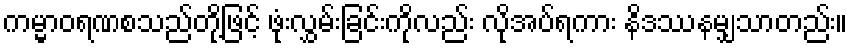
ကမ္မာဝရဏစသည်တို့ဖြင့် ဖုံးလွှမ်းခြင်းကိုလည်း လိုအပ်ရကား နိဒဿနမျှသာတည်း။